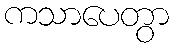
ကသာပေတွာ